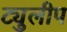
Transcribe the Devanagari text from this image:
ट्युलीप